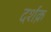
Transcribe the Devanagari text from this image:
दर्शक़